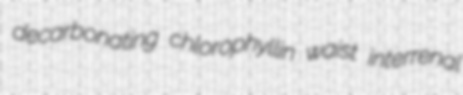
decarbonating chlorophyllin waist interrenal